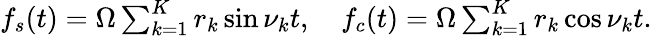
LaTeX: \begin{array}{r}{f_{s}(t)=\Omega\sum_{k=1}^{K}r_{k}\sin\nu_{k}t,\quad f_{c}(t)=\Omega\sum_{k=1}^{K}r_{k}\cos\nu_{k}t.}\end{array}